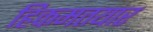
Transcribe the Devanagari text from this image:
हिकमतयार